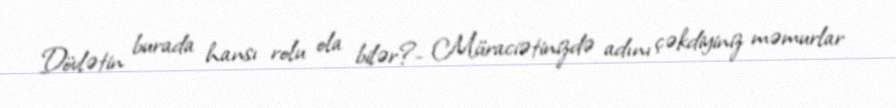
Dövlətin burada hansı rolu ola bilər?- Müraciətinizdə adını çəkdiyiniz məmurlar